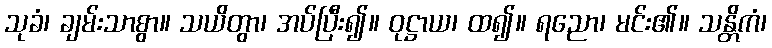
သုခံ၊ ချမ်းသာစွာ။ သယိတွာ၊ အပ်ပြီး၍။ ဝုဋ္ဌာယ၊ ထ၍။ ရညော၊ မင်း၏။ သန္တိကံ၊